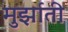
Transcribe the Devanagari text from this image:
मुर्झाती